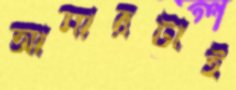
আমারটাই